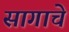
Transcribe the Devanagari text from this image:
सागाचे